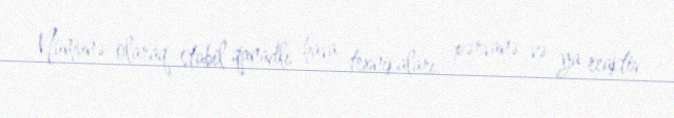
Nümunə olaraq stabil qanadlı hava texnikaları, pərvanə və ya reaktiv